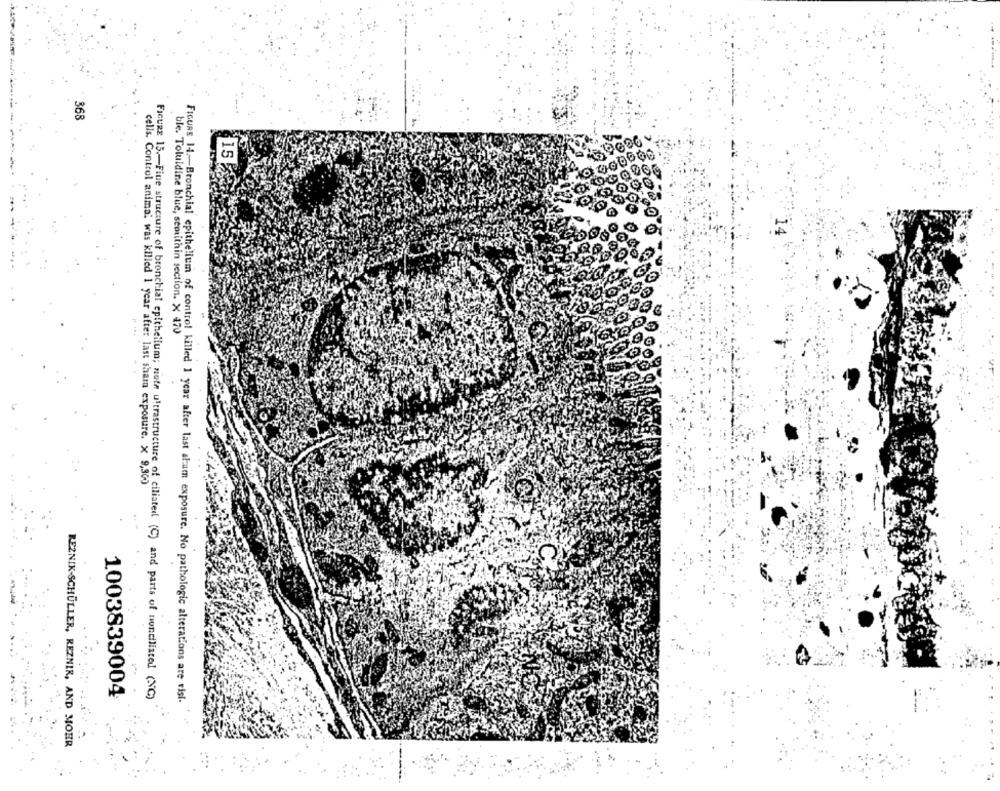
368
15
ble. Toluidine blue, semithin section. X 470
cells. Control animai was killed 1 year after last sham exposure. x 9,300
1003839004
FIGURE 15 .- Fine structure of bronchial epithelium; note ultrastructure of ciliated (C) and parts of nontilisted (NG)
FIGURE 14 .- Bronchial epithelium of control killed 1 year after last alum exposure. No pathologic alterations are tisi-
REZNIK-SCHÜLLER, REZNIR, AND MOHR